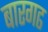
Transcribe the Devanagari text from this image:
बारगढ